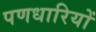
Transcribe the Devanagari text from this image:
पणधारियों